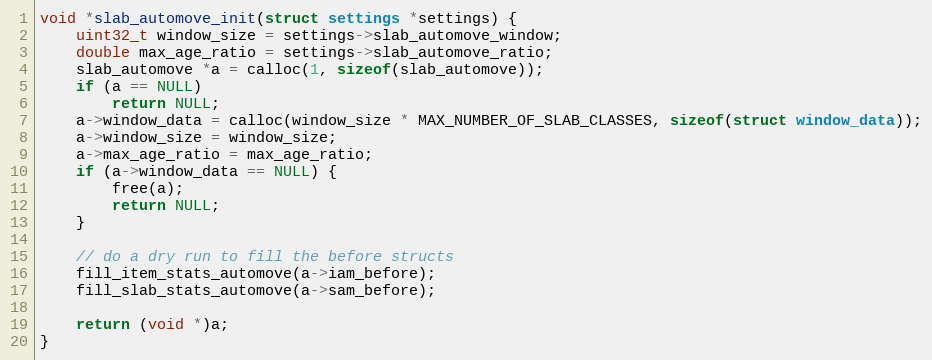
Language: C
void *slab_automove_init(struct settings *settings) {
    uint32_t window_size = settings->slab_automove_window;
    double max_age_ratio = settings->slab_automove_ratio;
    slab_automove *a = calloc(1, sizeof(slab_automove));
    if (a == NULL)
        return NULL;
    a->window_data = calloc(window_size * MAX_NUMBER_OF_SLAB_CLASSES, sizeof(struct window_data));
    a->window_size = window_size;
    a->max_age_ratio = max_age_ratio;
    if (a->window_data == NULL) {
        free(a);
        return NULL;
    }

    // do a dry run to fill the before structs
    fill_item_stats_automove(a->iam_before);
    fill_slab_stats_automove(a->sam_before);

    return (void *)a;
}